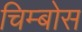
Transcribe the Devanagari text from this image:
चिम्बोस